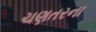
ચણતરના